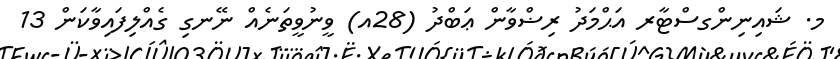
މ. ޝައިނިންގސްޓާރ އަޙްމަދު ރިޟްވާން ޢަބްދު (28އ) ވީނުވީތަނެއް ނޭނގި ގެއްލިފައިވާކަން 13